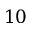
1 0